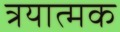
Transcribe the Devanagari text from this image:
त्रयात्मक